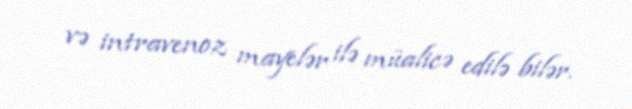
və intravenoz mayelər ilə müalicə edilə bilər.